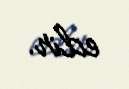
edir.